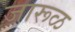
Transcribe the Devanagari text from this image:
जारूळ